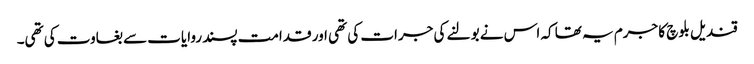
قندیل بلوچ کا جرم یہ تھا کہ اس نے بولنے کی جرات کی تھی اور قدامت پسند روایات سے بغاوت کی تھی۔